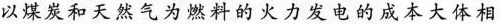
以煤炭和天然气为燃料的火力发电的成本大体相